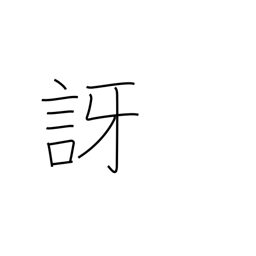
Meaning: doubt